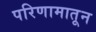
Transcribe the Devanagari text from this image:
परिणामातून